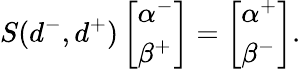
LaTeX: S(d^{-},d^{+})\left[\begin{array}{l}{\alpha^{-}}\\ {\beta^{+}}\end{array}\right]=\left[\begin{array}{l}{\alpha^{+}}\\ {\beta^{-}}\end{array}\right].